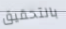
بالتحقيق